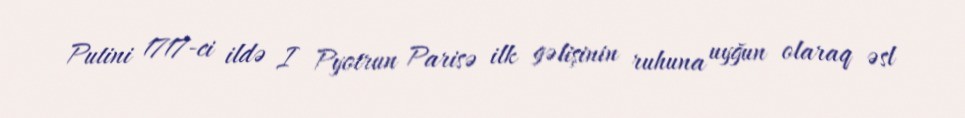
Putini 1717-ci ildə I Pyotrun Parisə ilk gəlişinin ruhuna uyğun olaraq əsl